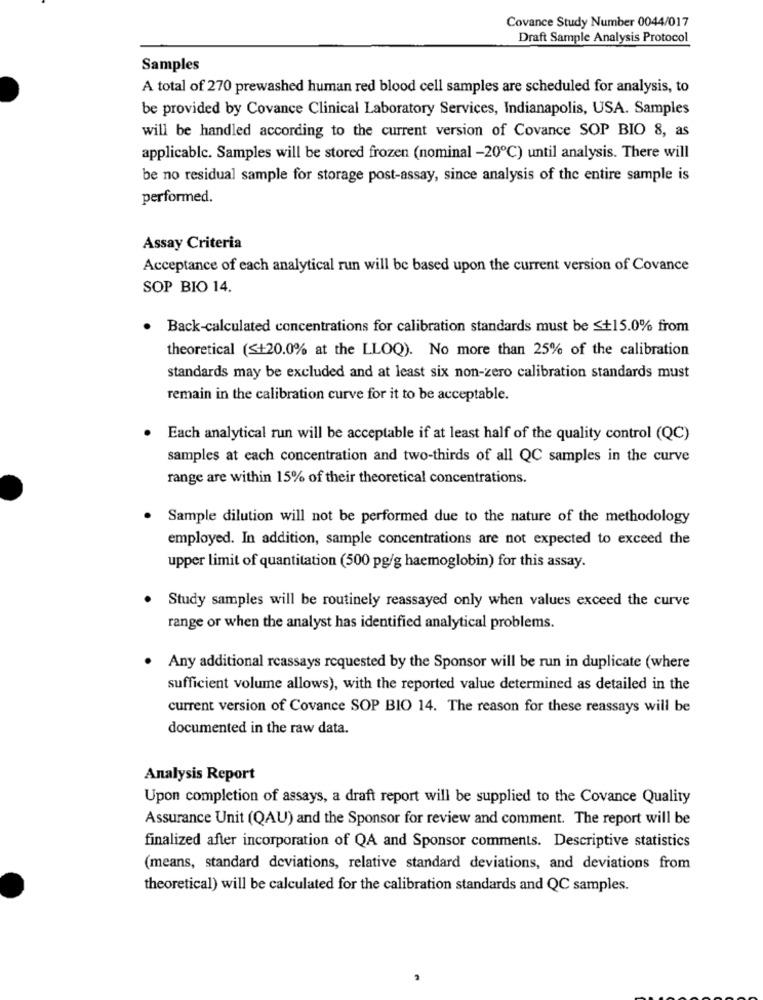
Covance Study Number 0044/017
Draft Sample Analysis Protocol
Samples
A total of 270 prewashed human red blood cell samples are scheduled for analysis, to
be provided by Covance Clinical Laboratory Services, Indianapolis, USA. Samples
will be handled according to the current version of Covance SOP BIO 8, as
applicable. Samples will be stored frozen (nominal -20℃) until analysis. There will
be no residual sample for storage post-assay, since analysis of the entire sample is
performed.
Assay Criteria
Acceptance of each analytical run will be based upon the current version of Covance
SOP BIO 14.
Back-calculated concentrations for calibration standards must be ≤+15.0% from
theoretical (S+20.0% at the LLOQ). No more than 25% of the calibration
standards may be excluded and at least six non-zero calibration standards must
remain in the calibration curve for it to be acceptable.
Each analytical run will be acceptable if at least half of the quality control (QC)
samples at each concentration and two-thirds of all QC samples in the curve
range are within 15% of their theoretical concentrations.
Sample dilution will not be performed due to the nature of the methodology
employed. In addition, sample concentrations are not expected to exceed the
upper limit of quantitation (500 pg/g haemoglobin) for this assay.
Study samples will be routinely reassayed only when values exceed the curve
range or when the analyst has identified analytical problems.
Any additional reassays requested by the Sponsor will be run in duplicate (where
sufficient volume allows), with the reported value determined as detailed in the
current version of Covance SOP BIO 14. The reason for these reassays will be
documented in the raw data.
Analysis Report
Upon completion of assays, a draft report will be supplied to the Covance Quality
Assurance Unit (QAU) and the Sponsor for review and comment. The report will be
finalized after incorporation of QA and Sponsor comments. Descriptive statistics
(means, standard deviations, relative standard deviations, and deviations from
theoretical) will be calculated for the calibration standards and QC samples.